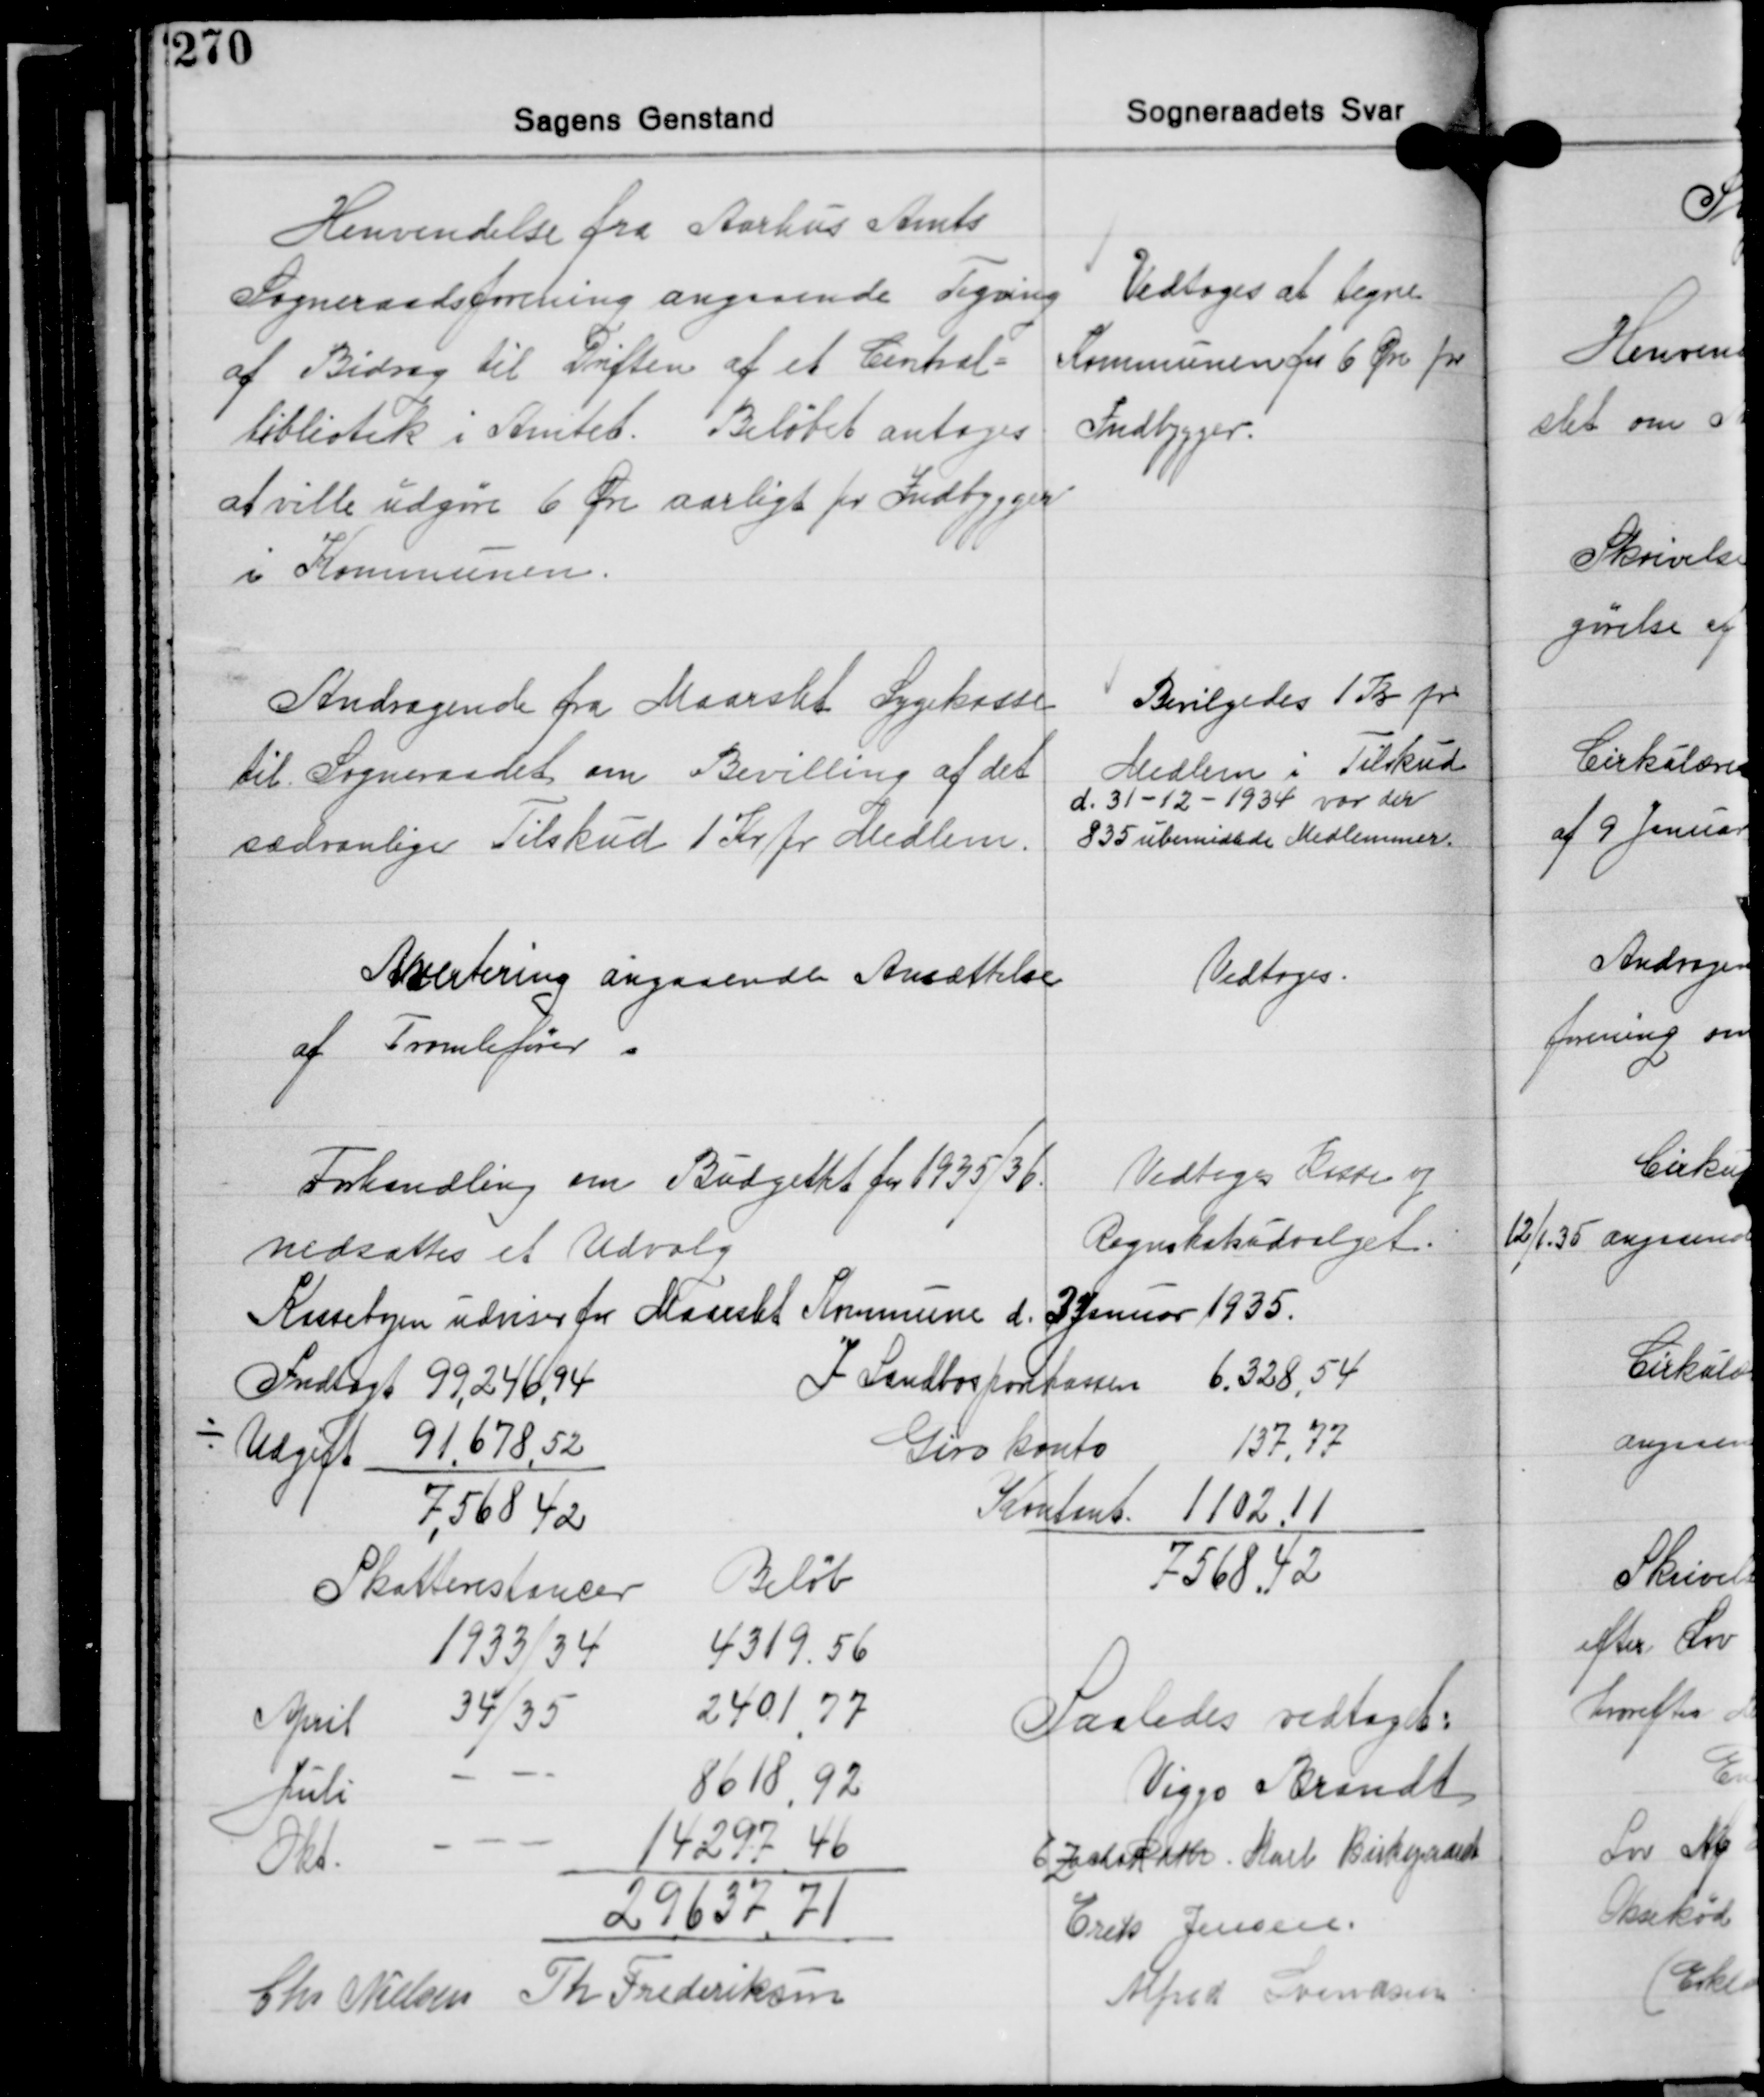
Transskription:
Henvendelse fra Aarhus Amts
Sogneraadsforening angaaende Tegning
af Bidrag til driften af et Central-
bibliotek i Amtet. Beløbet antoges
at ville udgøre 6 Øre aarligt pr. Indbygger

Vedtoges at tegne
Kommunen for 6 Øre pr.
Indbygger.

Andragende fra Maarslet Sygekasse
til Sogneraadet om Bevilling af det
sædvanlige Tilskud 1 Kr. pr. Medlem.

Bevilgedes 1 Kr. pr.
Medlem i Tilskud
d. 31-12-1934 var der
835 ubemidlede Medlemmer.

Avertering angaaende Ansættelse
af Tromlefører

Vedtoges.

Forhandling om Budgettet for 1935/36.
nedsattes et Udvalg

Vedtoges Kasse og
Regnskabsudvalget.

Kassebogen udviser for Maarslet Kommune d. 3 Januar 1935.

Indtægt 99.246,94
÷ Udgift 91.678,52
7.568,42

I Landbosparekassen 6.328,54
Giro konto 137,77
Kontant 1.102.11
7.568,42

Skatterestancer Beløb
1933/34 4319.56
April 34/35 2401,77
Juli - 8618,92
Okt. - 14297,46
29657,71

Saaledes vedtaget:
Viggo Brandt
E. Zacho Rath Karl Birkegaard
Erik Jensen
Alfred Knudsen

Chr. Nielsen Th. Frederiksen